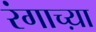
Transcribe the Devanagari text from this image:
रंगाच्य़ा